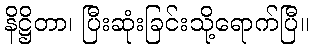
နိဋ္ဌိတာ၊ ပြီးဆုံးခြင်းသို့ရောက်ပြီ။